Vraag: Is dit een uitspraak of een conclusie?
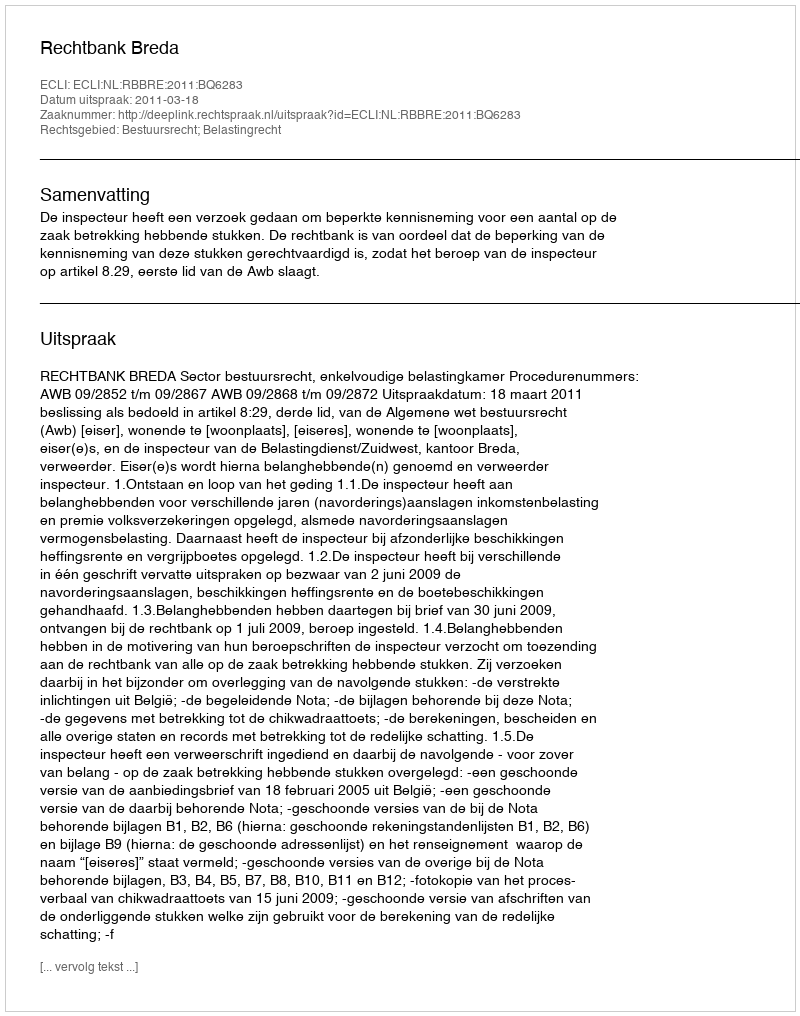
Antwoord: Uitspraak